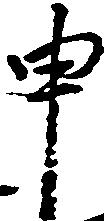
申